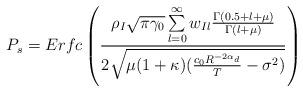
LaTeX: \begin{align*}P_s= Erfc \left(\frac{\rho_I \sqrt{\pi \gamma_0} \sum\limits_{l=0}^{\infty} w_{Il} \frac{ \Gamma(0.5+l+\mu)}{\Gamma(l+\mu)} }{2 \sqrt{\mu(1+\kappa) (\frac{c_0 R^{-2 \alpha_d}}{T} -\sigma^2)}} \right) \end{align*}